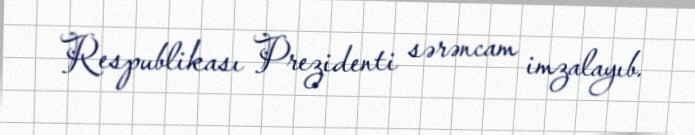
Respublikası Prezidenti sərəncam imzalayıb.